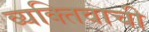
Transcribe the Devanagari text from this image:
व्यक्‍तिवाची